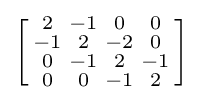
\left[{\begin{smallmatrix}2&-1&0&0\\-1&2&-2&0\\0&-1&2&-1\\0&0&-1&2\end{smallmatrix}}\right]